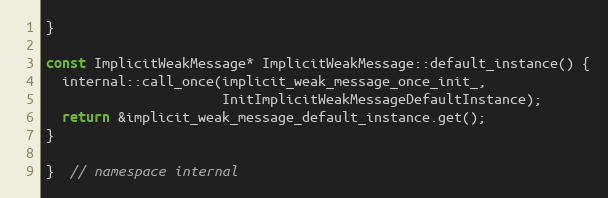
Language: C++
}

const ImplicitWeakMessage* ImplicitWeakMessage::default_instance() {
  internal::call_once(implicit_weak_message_once_init_,
                      InitImplicitWeakMessageDefaultInstance);
  return &implicit_weak_message_default_instance.get();
}

}  // namespace internal